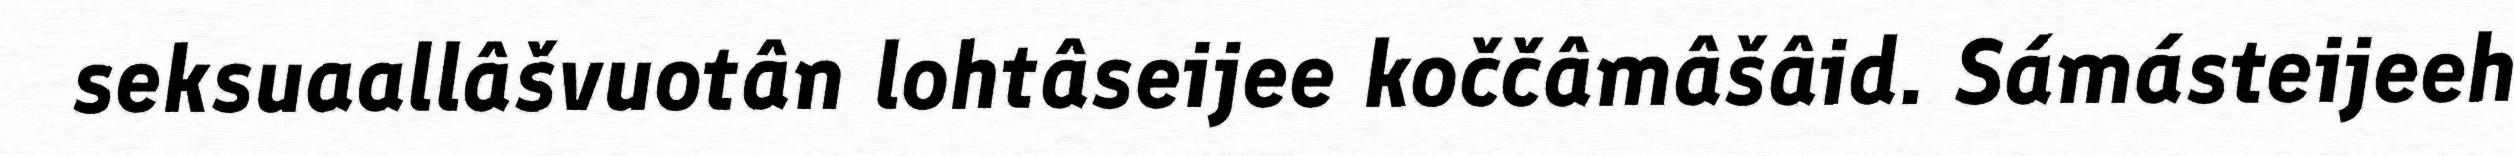
seksuaallâšvuotân lohtâseijee koččâmâšâid. Sámásteijeeh